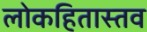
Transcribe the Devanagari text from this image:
लोकहितास्तव